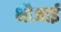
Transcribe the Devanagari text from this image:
भौजाई